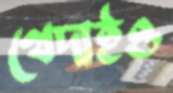
খেদাইও